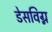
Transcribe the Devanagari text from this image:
डेसविग्न